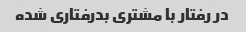
در رفتار با مشتری بدرفتاری شده